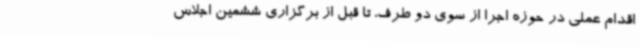
اقدام عملی در حوزه اجرا از سوی دو طرف، تا قبل از برگزاری ششمین اجلاس